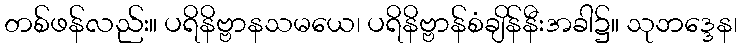
တစ်ဖန်လည်း။ ပရိနိဗ္ဗာနသမယေ၊ ပရိနိဗ္ဗာန်စံချိန်နီးအခါ၌။ သုဘဒ္ဒေန၊